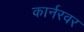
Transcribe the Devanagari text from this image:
कार्नरवर